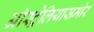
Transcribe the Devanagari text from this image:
ऑस्ट्रेलियासमोर